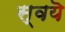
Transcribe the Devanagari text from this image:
स्वयॆ